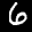
Label: 6